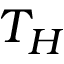
T _ { H }